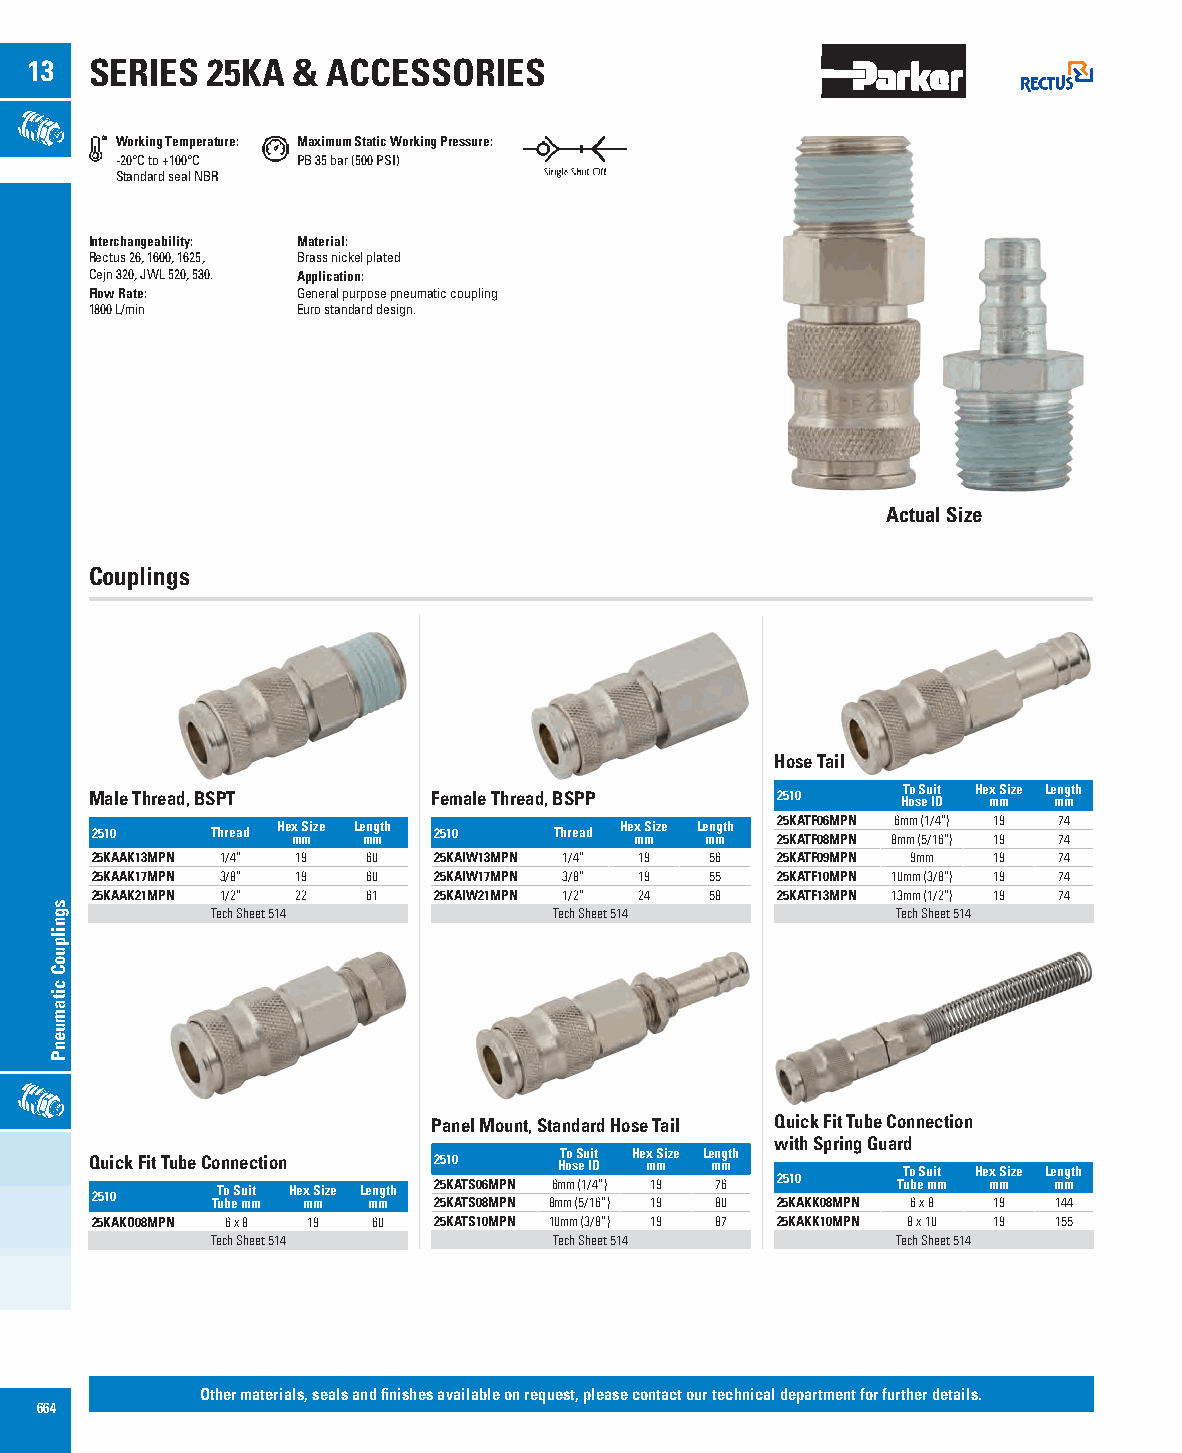
13  SERIES  25KA &  ACCESSORIES
 Working Temperature: Maximum Static Working Pressure:
 -20°C to +100°C PB 35 bar (500 PSI)
 Standard seal NBR
 Interchangeability: Material:
 Rectus 26, 1600, 1625, Brass nickel plated
 Cejn 320, JWL 520, 530. Application:
 Flow Rate:    General purpose pneumatic coupling
 1800 L/min    Euro standard design.
 Actual Size
 Couplings
 Hose Tail
 To Suit Hex Size Length
 Male Thread, BSPT      Female Thread, BSPP   2510     Hose ID mm mm
 Hex Size Length        Hex Size Length 25KATF06MPN 6mm (1/4”) 19 74
 2510    Thread mm mm   2510    Thread mm mm  25KATF08MPN 8mm (5/16”) 19 74
 25KAAK13MPN 1/4” 19 60 25KAIW13MPN 1/4” 19 56 25KATF09MPN 9mm 19 74
 25KAAK17MPN 3/8” 19 60 25KAIW17MPN 3/8” 19 55 25KATF10MPN 10mm (3/8”) 19 74
 25KAAK21MPN 1/2” 22 61 25KAIW21MPN 1/2” 24 58 25KATF13MPN 13mm (1/2”) 19 74
 Tech Sheet 514         Tech Sheet 514        Tech Sheet 514
 Panel Mount, Standard Hose Tail Quick Fit Tube Connection
 with Spring Guard
 To Suit Hex Size Length
 Quick Fit Tube Connection 2510 Hose ID mm mm          To Suit Hex Size Length
 25KATS06MPN 6mm (1/4”) 19 76 2510 Tube mm mm mm
 To Suit Hex Size Length
 2510    Tube mm mm mm  25KATS08MPN 8mm (5/16”) 19 80 25KAKK08MPN 6 x 8 19 144
 25KAKO08MPN 6 x 8 19 60 25KATS10MPN 10mm (3/8”) 19 87 25KAKK10MPN 8 x 10 19 155
 Tech Sheet 514         Tech Sheet 514        Tech Sheet 514
 Other materials, seals and finishes available on request, please contact our technical department for further details.
 664
 sgnilpuoC
 citamuenP